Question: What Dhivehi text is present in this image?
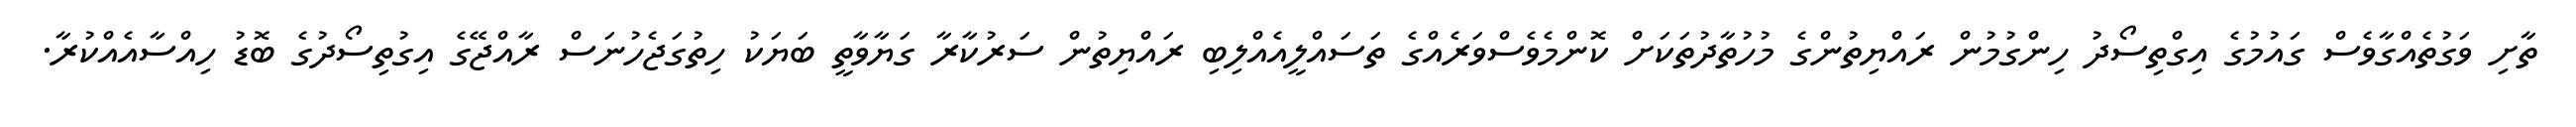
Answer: ތާށި ވަގުތެއްގާވެސް ގައުމުގެ އިގްތިސޯދު ހިންގުމުން ރައްޔިތުންގެ މުހުތާދުތަކަށް ކޮންމެވެސްވަރެއްގެ ތަސައްލީއެއްލިބި ރައްޔިތުން ސަރުކާރާ ގަޔާވާތީ ބަޔަކު ހިތުގަޖެހުނަސް ރާއްޖޭގެ އިގުތިސޯދުގެ ބޮޑު ހިއްސާއެއްކުރާ.